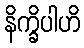
နိက္ခိပါဟိ